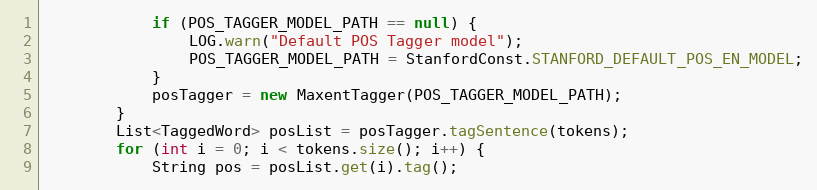
Language: Java
            if (POS_TAGGER_MODEL_PATH == null) {
                LOG.warn("Default POS Tagger model");
                POS_TAGGER_MODEL_PATH = StanfordConst.STANFORD_DEFAULT_POS_EN_MODEL;
            }
            posTagger = new MaxentTagger(POS_TAGGER_MODEL_PATH);
        }
        List<TaggedWord> posList = posTagger.tagSentence(tokens);
        for (int i = 0; i < tokens.size(); i++) {
            String pos = posList.get(i).tag();